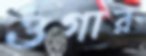
ওগার